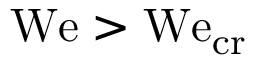
\mathrm { W e } > \mathrm { W e } _ { \mathrm { c r } }